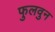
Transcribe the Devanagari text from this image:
फुलवुन